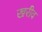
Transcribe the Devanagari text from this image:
खरीव